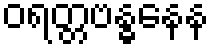
ဝရတ္တဗန္ဓနေန